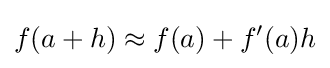
f(a+h)\approx f(a)+f'(a)h